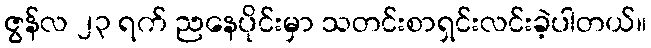
ဇွန်လ ၂၃ ရက် ညနေပိုင်းမှာ သတင်းစာရှင်းလင်းခဲ့ပါတယ်။